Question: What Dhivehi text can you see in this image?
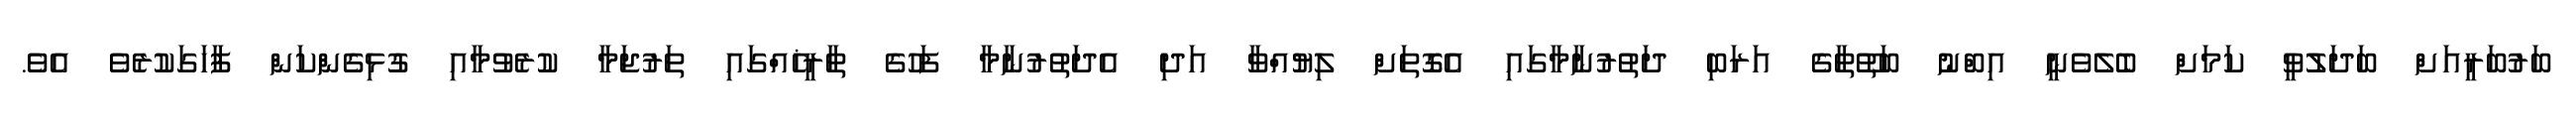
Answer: ބަރުބަރީއަށް ބަދަލުވީ ކަމަށް ބެލެވެނީ އިބްނު ބަތޫތާގެ އަރަބި ދަތުރުނާމާގައި އެގޮތަށް ލިޔުއްވާ އަދި އެދަތުރުނާމާ ފަހުގެ ތާރީޚެއްގައި ތަރުޖަމާ ކުރެވުމާއި ގުޅިގެންކަން ފާހަގަކުރެވެ އެވެ.